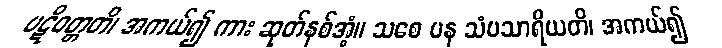
ပဋိဝတ္တတိ၊ အကယ်၍ ကား ဆုတ်နစ်အံ့။ သစေ ပန သံပသာရိယတိ၊ အကယ်၍